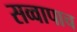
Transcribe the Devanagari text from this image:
सव्वापाच